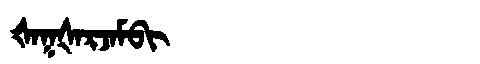
Manchu: ᡧᠠᡴᡧᠠᡵᠵᠠᠮᠪᡳ
Romanization: ŠAKŠARJAMBI